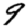
Digit: 9